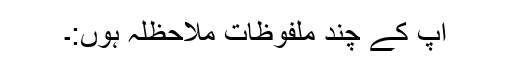
آپ کے چند ملفوظات ملاحظلہ ہوں:۔